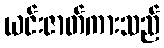
ယင်းဇာတ်ကားသည်